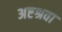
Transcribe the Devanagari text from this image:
अष्टश्रवा